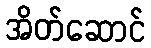
အိတ်ဆောင်